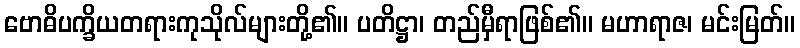
ဗောဓိပက္ခိယတရားကုသိုလ်များတို့၏။ ပတိဋ္ဌာ၊ တည်မှီရာဖြစ်၏။ မဟာရာဇ၊ မင်းမြတ်။